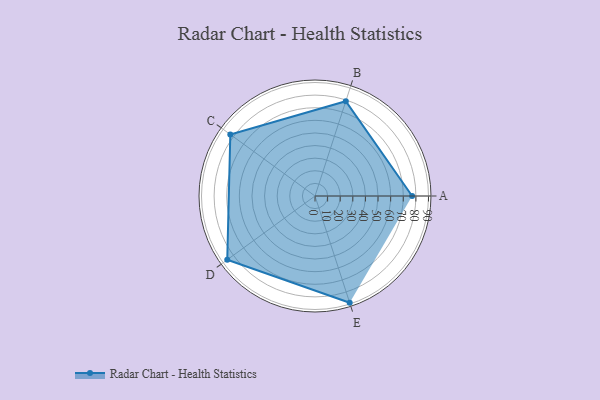
{"axis": {"x": "Skill", "y": "Score"}, "legend": ["Profile"], "data": [{"x": "A", "y": 77.0, "type": "Profile"}, {"x": "B", "y": 79.0, "type": "Profile"}, {"x": "C", "y": 83.0, "type": "Profile"}, {"x": "D", "y": 86.0, "type": "Profile"}, {"x": "E", "y": 89.0, "type": "Profile"}]}